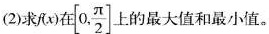
(2)求f(x)在[ 0, \frac{ π }{2}]上的最大值和最小值。